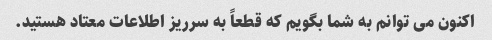
اکنون می توانم به شما بگویم که قطعاً به سرریز اطلاعات معتاد هستید.